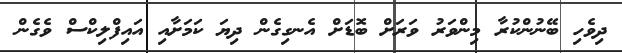
ދިވެހި ބޭނުންކުރާ މިންވަރު ވަރަށް ބޮޑަށް އެނގިގެން ދިޔަ ކަމަށާއި އައިފްލިކްސް ވެގެން